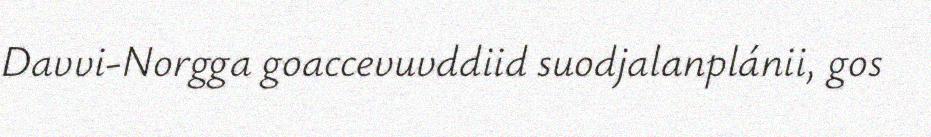
Davvi-Norgga goaccevuvddiid suodjalanplánii, gos